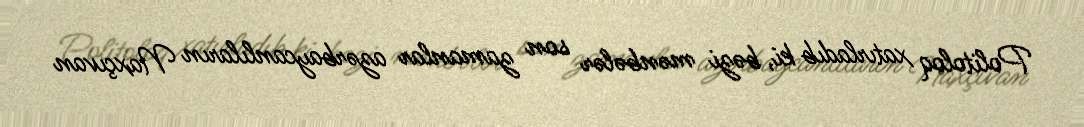
Politoloq xatırladıb ki, bəzi mənbələr son zamanlar azərbaycanlıların Naxçıvan